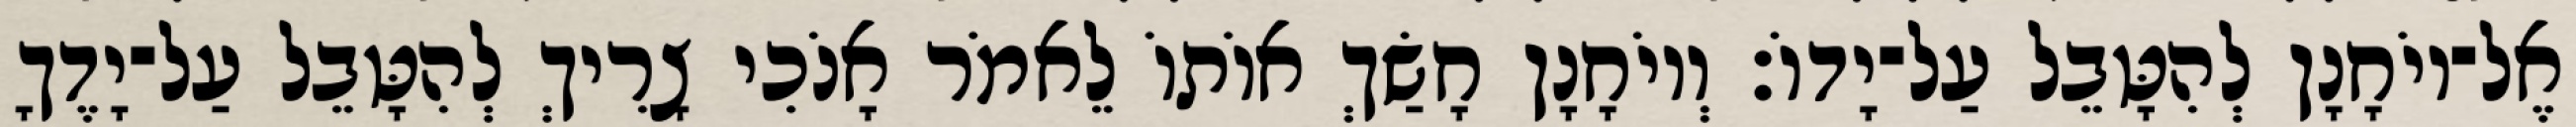
אֶל־יוֹחָנָן לְהִטָּבֵל עַל־יָדוֹ׃ וְיוֹחָנָן חָשַׂךְ אוֹתוֹ לֵאמֹר אָנֹכִי צָרִיךְ לְהִטָּבֵל עַל־יָדֶךָ